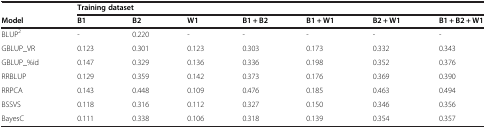
|  | <COLSPAN=7> Training dataset |
 | Model | B1 | B2 | W1 | B1 + B2 | B1 + W1 | B2 + W1 | B1 + B2 + W1 |
 | --- | --- | --- | --- | --- | --- | --- | --- |
 | BLUP2 | - | 0.220 | - | - | - | - | - |
 | GBLUP_VR | 0.123 | 0.301 | 0.123 | 0.303 | 0.173 | 0.332 | 0.343 |
 | GBLUP_%id | 0.147 | 0.329 | 0.136 | 0.336 | 0.198 | 0.352 | 0.376 |
 | RRBLUP | 0.129 | 0.359 | 0.142 | 0.373 | 0.176 | 0.369 | 0.390 |
 | RRPCA | 0.143 | 0.448 | 0.109 | 0.476 | 0.185 | 0.463 | 0.494 |
 | BSSVS | 0.118 | 0.316 | 0.112 | 0.327 | 0.150 | 0.346 | 0.356 |
 | BayesC | 0.111 | 0.338 | 0.106 | 0.318 | 0.139 | 0.354 | 0.357 |